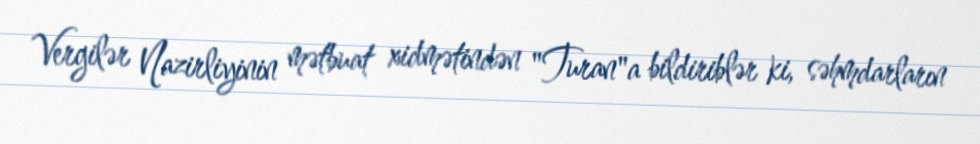
Vergilər Nazirliyinin mətbuat xidmətindən "Turan"a bildiriblər ki, səhmdarların